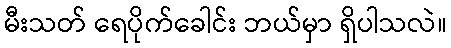
မီးသတ် ရေပိုက်ခေါင်း ဘယ်မှာ ရှိပါသလဲ။